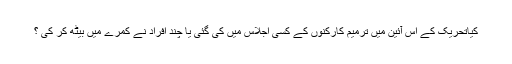
کیاتحریک کے اس آئین میں ترمیم کارکنوں کے کسی اجلاس میں کی گئی یا چند افراد نے کمرے میں بیٹھ کر کی ؟